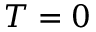
T = 0